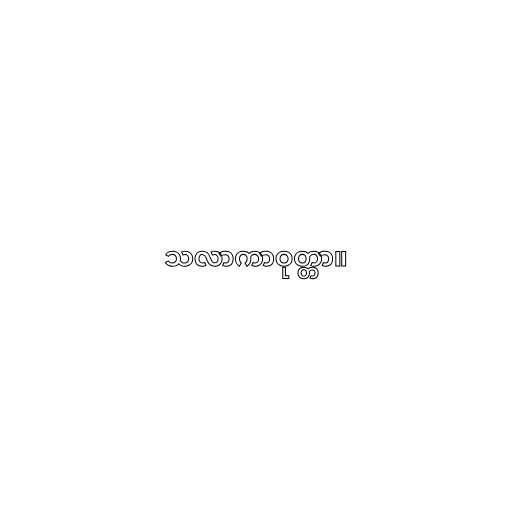
သလာကာဝုတ္တာ။